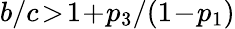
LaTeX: b/c\! >\! 1\! +\! p_{3}/(1\! -\! p_{1})